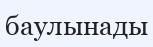
баулынады